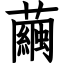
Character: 繭